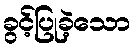
ခွင့်ပြုခဲ့သော